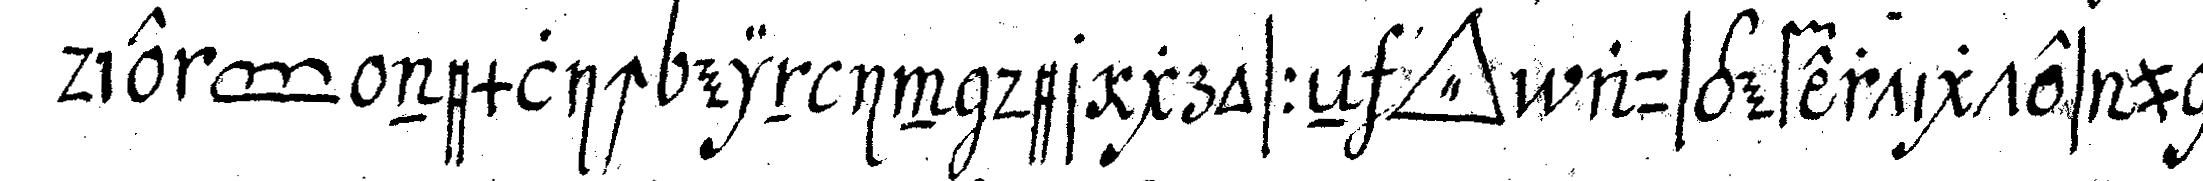
die *toe* nemlich ein in der grosseN *tri..* ausgefertigtes und